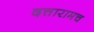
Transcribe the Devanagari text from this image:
दत्तारामच